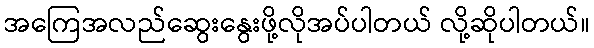
အကြေအလည်ဆွေးနွေးဖို့လိုအပ်ပါတယ် လို့ဆိုပါတယ်။